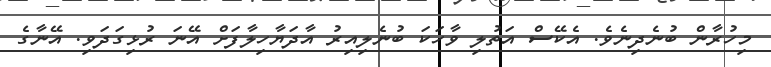
މިހުރާން ބުނެދިނެވެ. އެކޭސް އަތުލި ވާހަކަ ބުނެލިއިރު އާދަޔާހިލާފަށް އޭނަ ރުޅިގަދަވި. އޭނާގެ